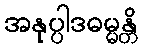
အနုပ္ပါဒဓမ္မန္တိ